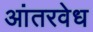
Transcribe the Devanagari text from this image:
आंतरवेध